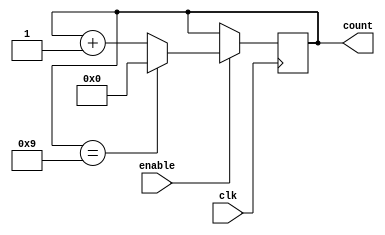
module BCD_Up_Counter_with_Enable (
    input wire clk,         // System clock input
    input wire enable,      // Enable signal for incrementing the counter
    output reg [3:0] count  // BCD counter output
);

always @ (posedge clk) begin
    if (enable) begin
        if (count == 4'b1001) begin
            count <= 4'b0000;
        end 
        else begin
            count <= count + 1;
        end
    end
end

endmodule